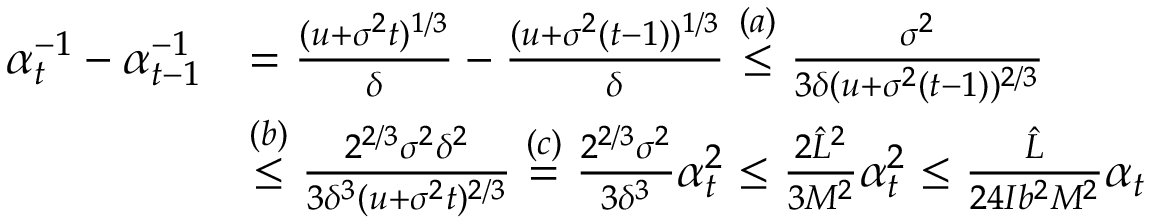
\begin{array} { r l } { \alpha _ { t } ^ { - 1 } - \alpha _ { t - 1 } ^ { - 1 } } & { = \frac { ( u + \sigma ^ { 2 } t ) ^ { 1 / 3 } } { \delta } - \frac { ( u + \sigma ^ { 2 } ( t - 1 ) ) ^ { 1 / 3 } } { \delta } \overset { ( a ) } { \leq } \frac { \sigma ^ { 2 } } { 3 \delta ( u + \sigma ^ { 2 } ( t - 1 ) ) ^ { 2 / 3 } } } \\ & { \overset { ( b ) } { \leq } \frac { 2 ^ { 2 / 3 } \sigma ^ { 2 } \delta ^ { 2 } } { 3 \delta ^ { 3 } ( u + \sigma ^ { 2 } t ) ^ { 2 / 3 } } \overset { ( c ) } { = } \frac { 2 ^ { 2 / 3 } \sigma ^ { 2 } } { 3 \delta ^ { 3 } } \alpha _ { t } ^ { 2 } \leq \frac { 2 \hat { L } ^ { 2 } } { 3 M ^ { 2 } } \alpha _ { t } ^ { 2 } \leq \frac { \hat { L } } { 2 4 I b ^ { 2 } M ^ { 2 } } \alpha _ { t } } \end{array}